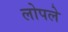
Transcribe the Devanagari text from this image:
लोपले